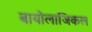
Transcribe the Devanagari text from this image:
बायोलाजिकल